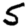
Digit: 5